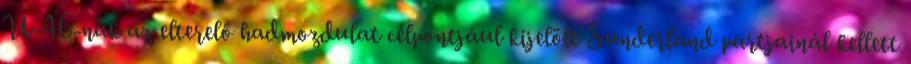
U-46-nak az elterelő hadmozdulat célpontjául kijelölt Sunderland partjainál kellett